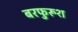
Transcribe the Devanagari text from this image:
बरफुरूश